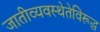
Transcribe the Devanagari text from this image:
जातीव्यवस्थेतेविरूद्ध